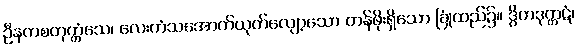
ဦနကစတုက္ကံသေ၊ လေးကံသအောက်ယုတ်လျော့သော တန်ဖိုးရှိသော ခြုံထည်၌။ ဒွိကဒုက္ကဋံ၊